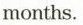
months.